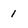
Character: 1